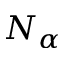
N _ { \alpha }